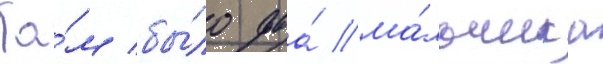
Та́м бы́ло два́ ма́льчика